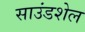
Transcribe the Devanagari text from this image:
साउंडशेल